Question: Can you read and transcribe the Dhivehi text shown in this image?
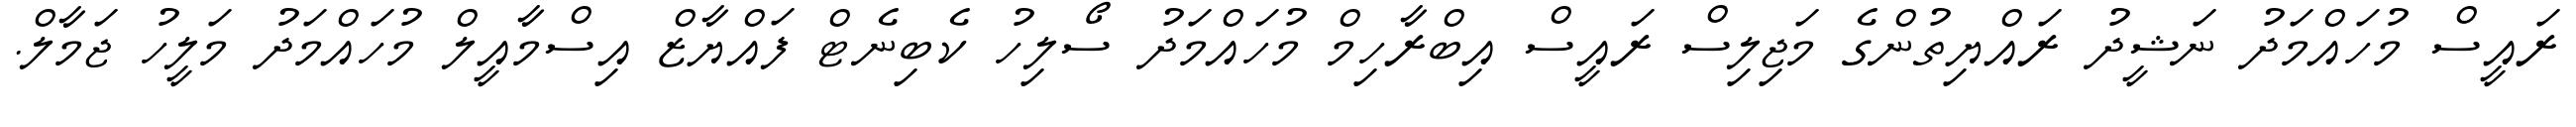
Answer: ރައީސް މުހައްމަދު ނަޝީދު ރައްޔިތުންގެ މަޖިލިސް ރައީސް އިބްރާހިމް މުހައްމަދު ސޯލިހު ކެބިނެޓް ފައްޔާޒް އިސްމާއީލް މުހައްމަދު މަލީހު ޖަމާލް.